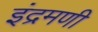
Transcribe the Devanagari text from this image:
इंद्रमणी